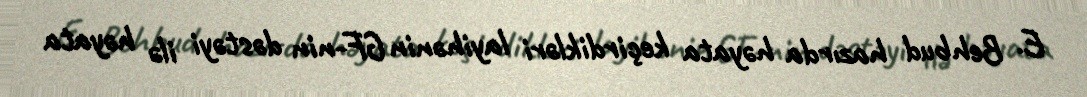
E. Behbud hazırda həyata keçirdikləri layihənin GF-nin dəstəyi ilə həyata